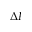
\Delta I